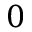
0